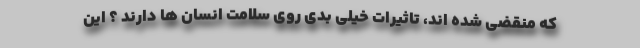
که منقضی شده اند، تاثیرات خیلی بدی روی سلامت انسان ها دارند ؟ این